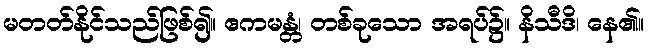
မတတ်နိုင်သည်ဖြစ်၍။ ဧကမန္တံ၊ တစ်ခုသော အရပ်၌။ နိသီဒိ၊ နေ၏။